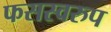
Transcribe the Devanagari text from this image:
फसस्वरुप